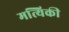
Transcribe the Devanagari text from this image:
मत्यिकी